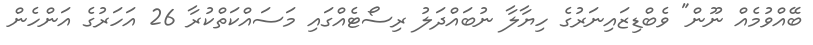
ބޭއްވުމެއް ނޫން" ވެބްޑިޒައިނަރުގެ ހިޔާލާ ނުބައްދަލު ރިސޯޓެއްގައި މަސައްކަތްކުރާ 26 އަހަރުގެ އަންހެން